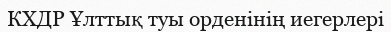
КХДР Ұлттық туы орденінің иегерлері